Ajaleht_Uus_Ilm, lk 4
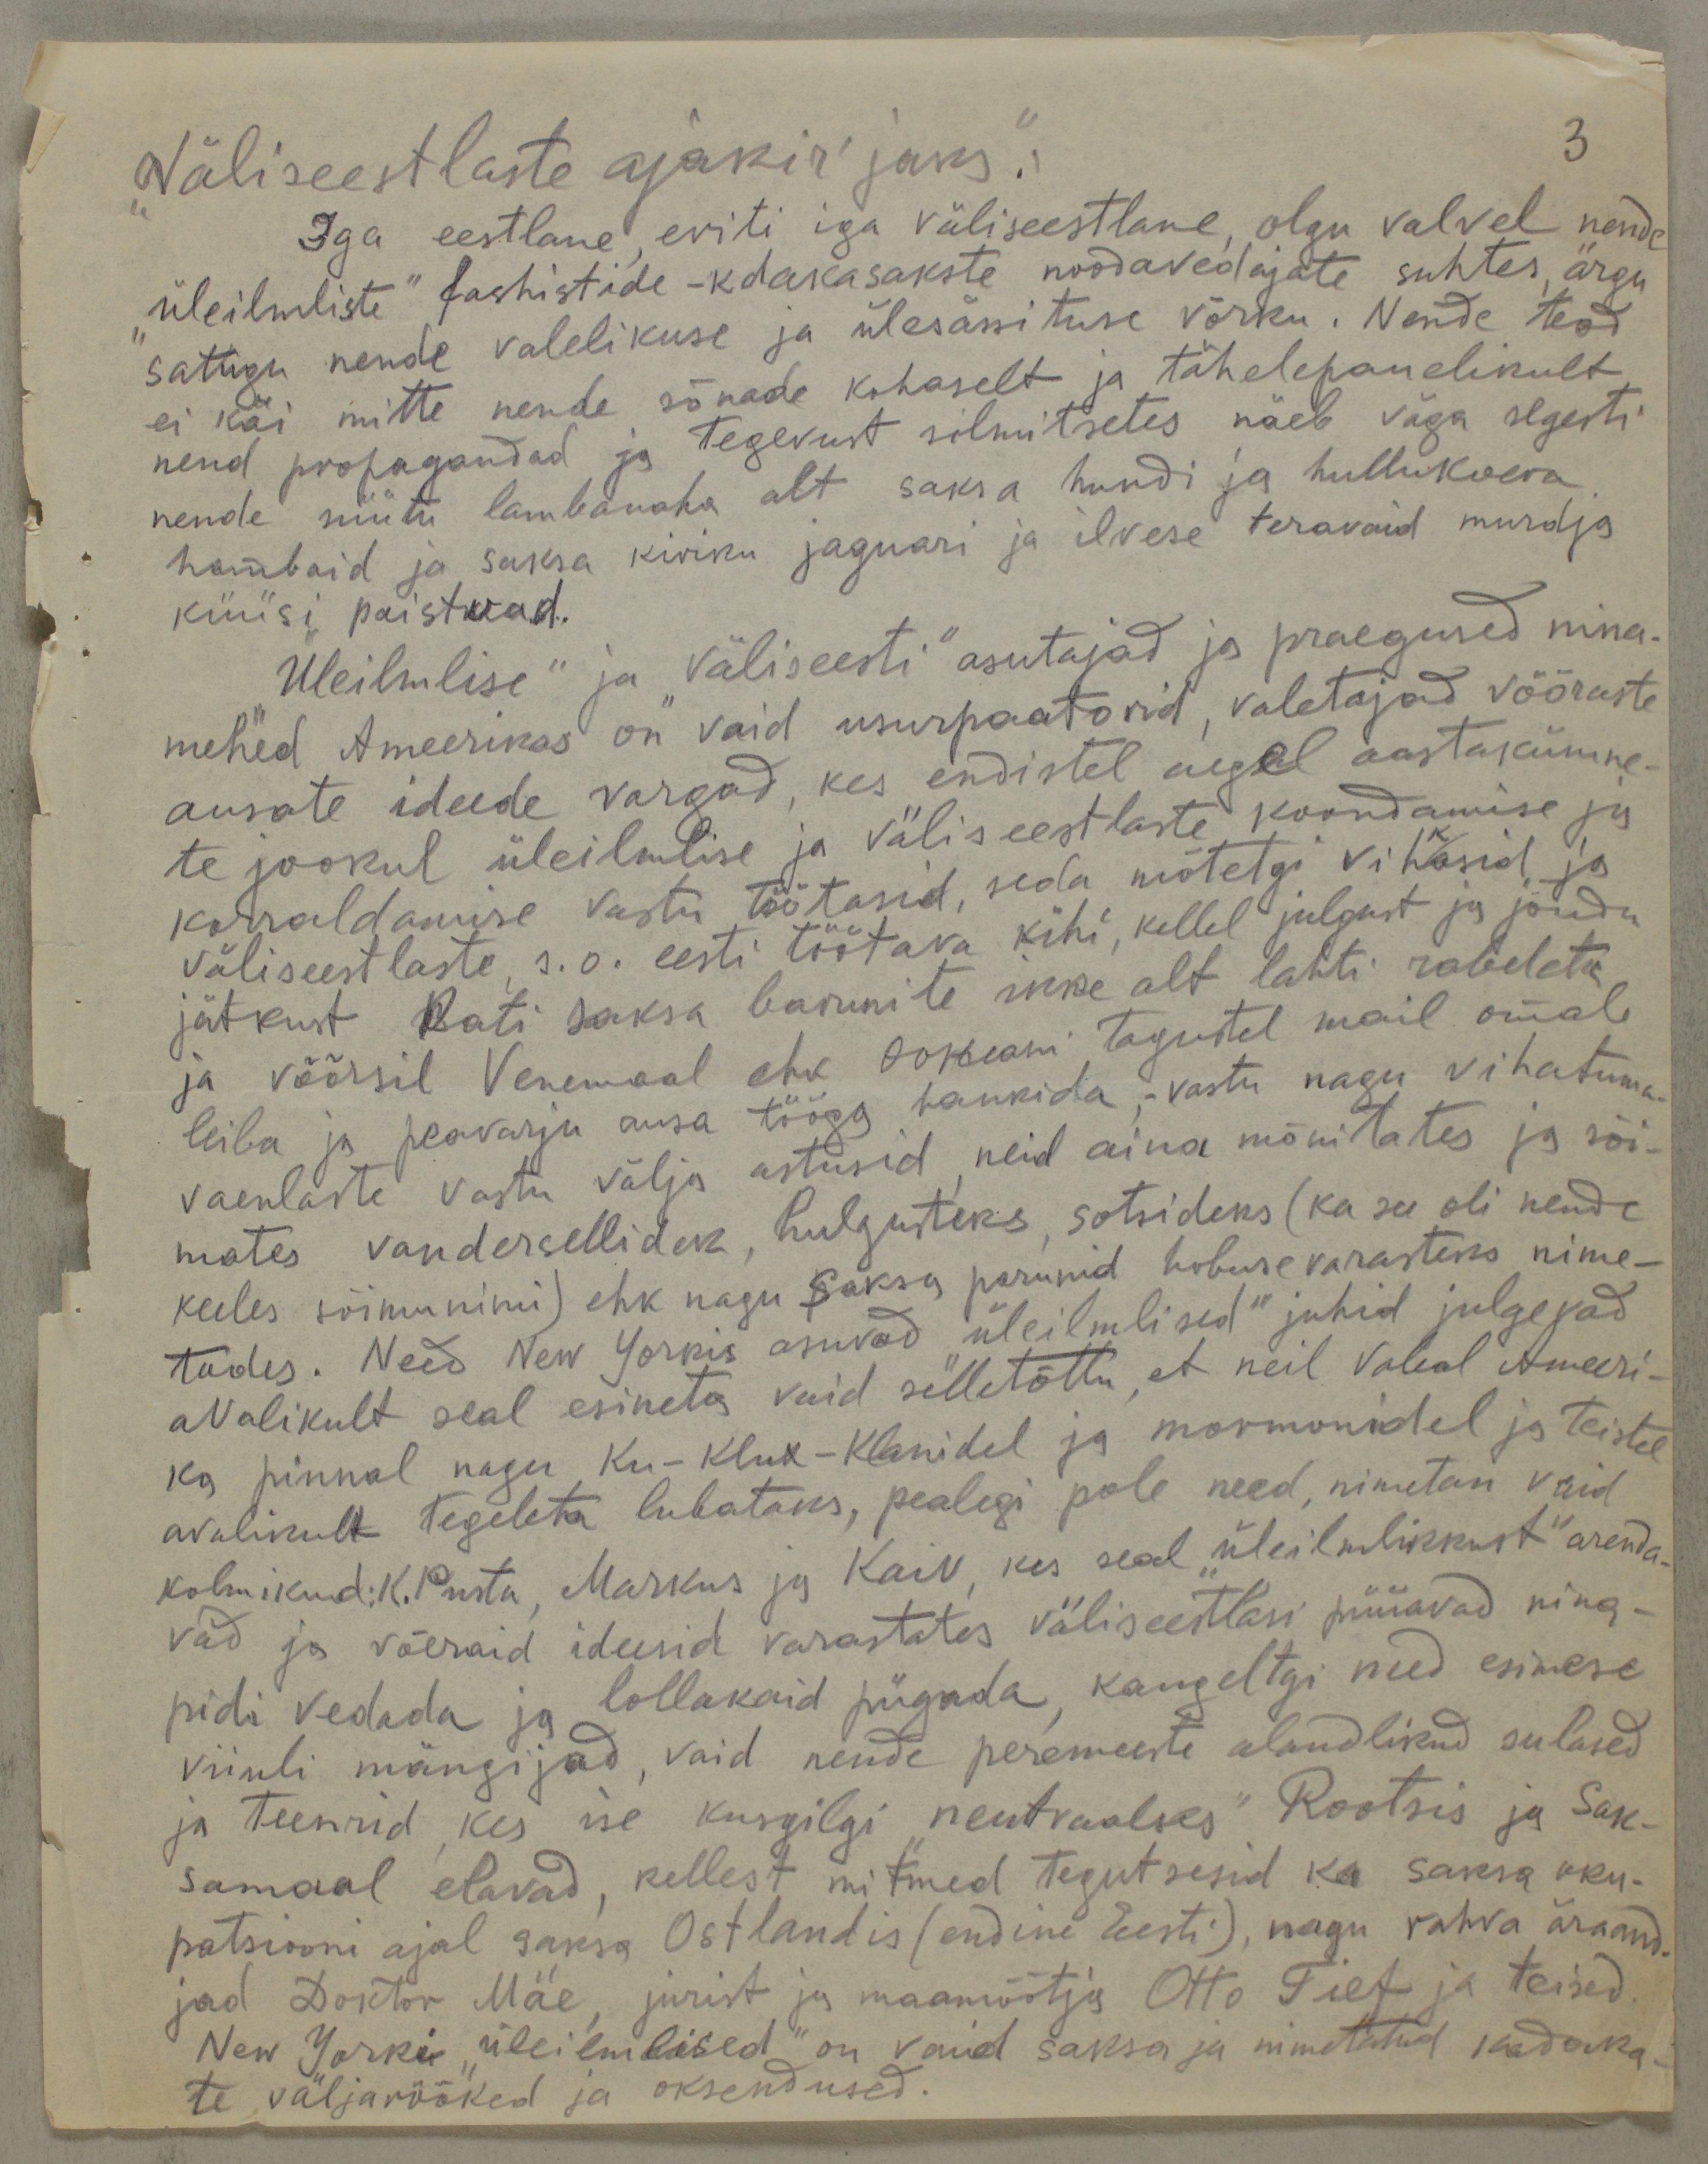
3

"Väliseestlaste ajakir'jaks."
Iga eestlane eriti iga väliseestlane, olgu valvel nende
"üleilmliste" fashistide-kdakasakste noodavedajate suhtes, ärgu
satugu nende valelikuse ja ülesässituse võrku. Nende teod
ei käi mitte nende sõnade kohaselt ja tähelepanelikult
nend propagandad ja tegevust silmitsetes näeb väga selgesti
nende müüti lambanaha alt saksa hundi ja hullukoera
hambaid ja saksa kiriku jaguari ja ilvese teravaid murdja
küüsi paistvad.
Üleilmlise" ja väliseesti" asutajad ja praegused nina-
mehed Ameerikas on vaid usurpaatorid, valetajad võõraste
ausate ideede vargad, kes endistel aegel aastakümne-
te jookul üleilmlise ja väliseestlaste koondamise ja
korraldamise vastu töötasid seda mõtetgi vihkasid ja
väliseestlaste s.o. eesti töötava kihi, kellel julgust ja jõudu
jätkust Bati saksa barunite ikke alt lahti rabeleta
ja võõrsil Venemaal ehk ookeani tagustel mail omale
leiba ja peavarju ausa tööga hankida,-vastu nagu vihatuma
vaenlaste vastu välja astusid neid aina mõnitates ja sõi-
mates vandersellideks, hulgusteks, sotsideks (ka see oli nende
keeles sõimunimi) ehk nagu Saksa parunid hobuse varasteks nime-
tades. Need New Yorkis asuvad üleilmlised" juhid julgevad
avalikult seal esineta, vaid selletõttu, et neil Vabal Ameeri-
ka pinnal nagu Ku-Klux-Klanidel ja mormonidel ja teistel
avalikult tegeleta lubataks, pealegi pole need, nimetatan vaid
kolmikud: K. Pusta, Markus ja Kaiv, kes seal "üleilmlikkust" arenda
vad ja võeraid ideesid varastates väliseestlasi püüavad nina-
pidi vedada ja lollakaid pügada, kaugeltgi need esimese
viiuli mängijad, vaid nende peremeeste alandlikud sulased
ja teenrid, kes ise kusgilgi "neutraalses" Rootsis ja Sak-
samaal elavad, kellest mitmed tegutesid ka saksa oku-
patsiooni ajal saksa Ostlandis (endine Eesti), nagu rahva äraand-
jad Doktor Mäe, jurist ja maamõõtja Otto Tief ja teised
New Yorki "üleilmlised" on vaid saksa ja nimetatud kadaka-
te väljarööked ja oksendused.